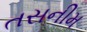
તસનીમ